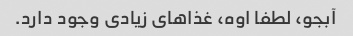
آبجو، لطفا اوه، غذاهای زیادی وجود دارد.